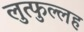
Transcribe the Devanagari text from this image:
लुत्फुल्लह